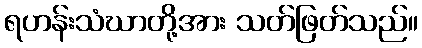
ရဟန်းသံဃာတို့အား သတ်ဖြတ်သည်။